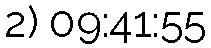
2) 09:41:55